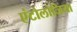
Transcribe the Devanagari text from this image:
एंटोलोजिया